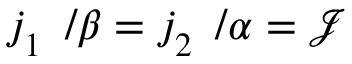
j _ { 1 } ^ { \mathrm { ~ \, ~ } } \slash \beta = j _ { 2 } ^ { \mathrm { ~ \, ~ } } \slash \alpha = \mathcal { J } ^ { \mathrm { ~ \, ~ } }